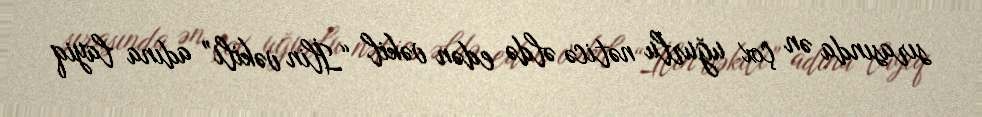
sırasında ən çox uğurlu nəticə əldə edən vəkil “İlin vəkili” adına layiq